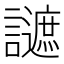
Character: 𧭧